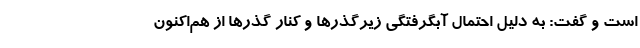
است و گفت: به دلیل احتمال آبگرفتگی زیرگذرها و کنار گذرها از هم‌اکنون